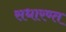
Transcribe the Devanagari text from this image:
सधारण्त